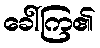
ခေါ်ကြ၏